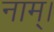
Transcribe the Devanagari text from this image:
नाम्।